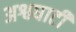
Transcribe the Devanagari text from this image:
अश्वघाटी